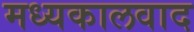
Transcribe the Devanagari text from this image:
मध्यकालवाद